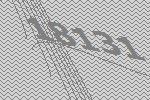
18131